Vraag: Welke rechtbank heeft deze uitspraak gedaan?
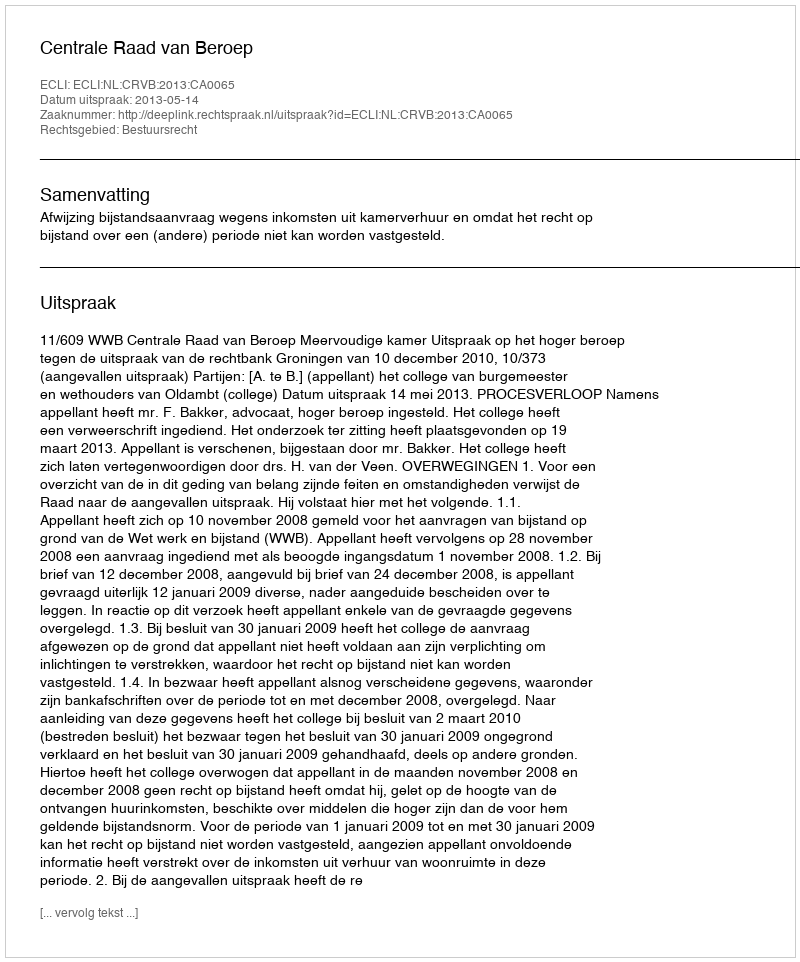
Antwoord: Centrale Raad van Beroep